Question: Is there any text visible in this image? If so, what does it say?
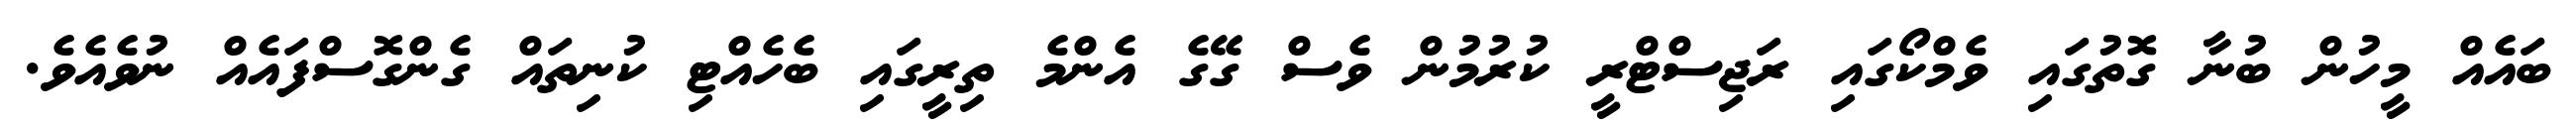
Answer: ބައެއް މީހުން ބުނާ ގޮތުގައި ވެމްކޯގައި ރަޖިސްޓްރީ ކުރުމުން ވެސް ގޭގެ އެންމެ ތިރީގައި ބެހެއްޓި ކުނިތައް ގެންގޮސްފައެއް ނުވެއެވެ.